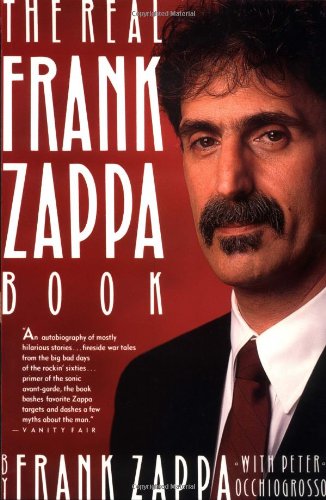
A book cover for The Real Frank Zappa Book; Frank Zappa; Biographies & Memoirs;